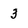
Character: 3